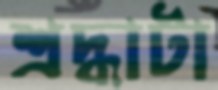
শ্রদ্ধাটা